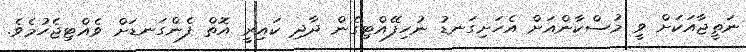
ނަތީޖާއަކަށް ވީ މުސްކާންއަށް އެހަށިގަނޑު ނުހިފޭއްޓިގެން ދާދި ކައިރީ އޮތް ފެންގަނޑަށް ވެއްޓިޖެހުމެވެ.